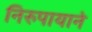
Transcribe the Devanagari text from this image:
निरुपायाने